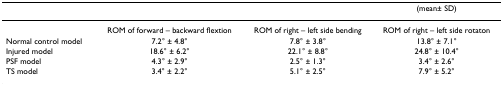
<table><thead><tr><td></td><td></td><td></td><td><b>(mean± SD)</b></td></tr></thead><tbody><tr><td></td><td>ROM of forward – backward flextion</td><td>ROM of right – left side bending</td><td>ROM of right – left side rotaton</td></tr><tr><td>Normal control model</td><td>7.2° ± 4.8°</td><td>7.8° ± 3.8°</td><td>13.8° ± 7.1°</td></tr><tr><td>Injured model</td><td>18.6° ± 6.2°</td><td>22.1° ± 8.8°</td><td>24.8° ± 10.4°</td></tr><tr><td>PSF model</td><td>4.3° ± 2.9°</td><td>2.5° ± 1.3°</td><td>3.4° ± 2.6°</td></tr><tr><td>TS model</td><td>3.4° ± 2.2°</td><td>5.1° ± 2.5°</td><td>7.9° ± 5.2°</td></tr></tbody></table>